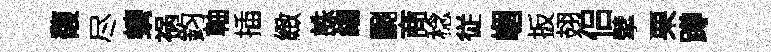
馥尽螭祸鈞軸插緻誅縐劂商稔従嵋扳翅侣擘栗蹲